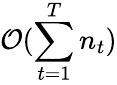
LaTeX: \mathcal{O}(\sum_{t=1}^{T}n_{t})